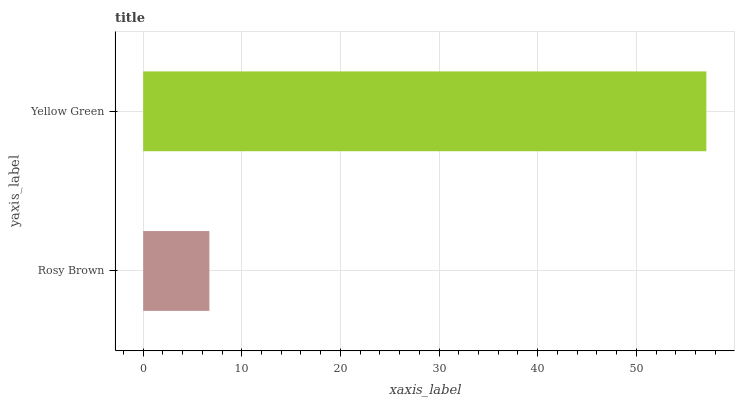
| yaxis_label | bars |
 | --- | --- |
 | Rosy Brown | 6.71 |
 | Yellow Green | 57.1 |